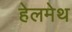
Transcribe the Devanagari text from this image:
हेलमेथ